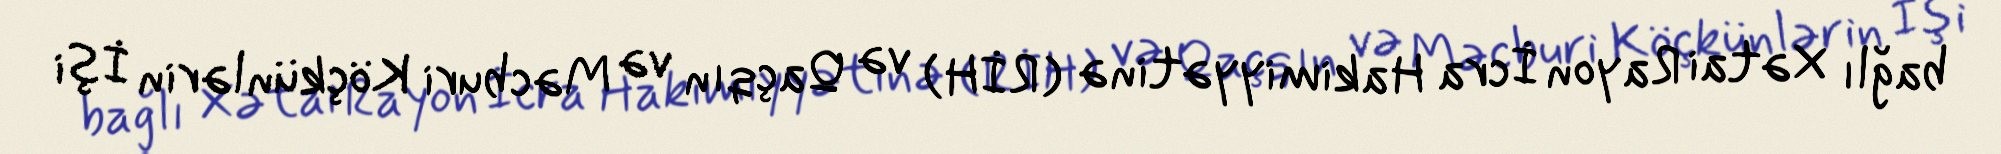
bağlı Xətai Rayon İcra Hakimiyyətinə (RİH) və Qaçqın və Məcburi Köçkünlərin İşi